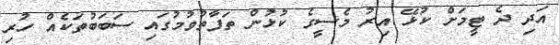
އަދި ދެ ޓީމަށް ކުޅޭ އިރު މެސީގެ ކުޅުން ތަފާތުވުމުގައި ސަބަބުތަކެއް ހުރި